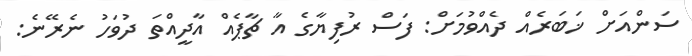
ސަންއަށް ޚަބަރެއް ދެއްވުމަށް: ފަސް ރުފިޔާގެ އާ ޗާޕެއް އާދީއްތަ ދުވަހު ނެރޭނެ: